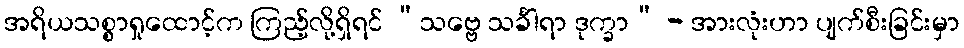
အရိယသစ္စာရှုထောင့်က ကြည့်လို့ရှိရင် “သဗ္ဗေ သင်္ခါရာ ဒုက္ခာ” - အားလုံးဟာ ပျက်စီးခြင်းမှာ